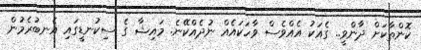
ކޮންތާކަށް ދާންވީ.. ގެއަކު އެއްވެސް ވާހަކައެއް ނުދެއްކޭނެ. މައިޝާ ގެ ސިކުނޑީގައި އެނބުރެމުން